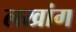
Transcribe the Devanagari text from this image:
लखांग